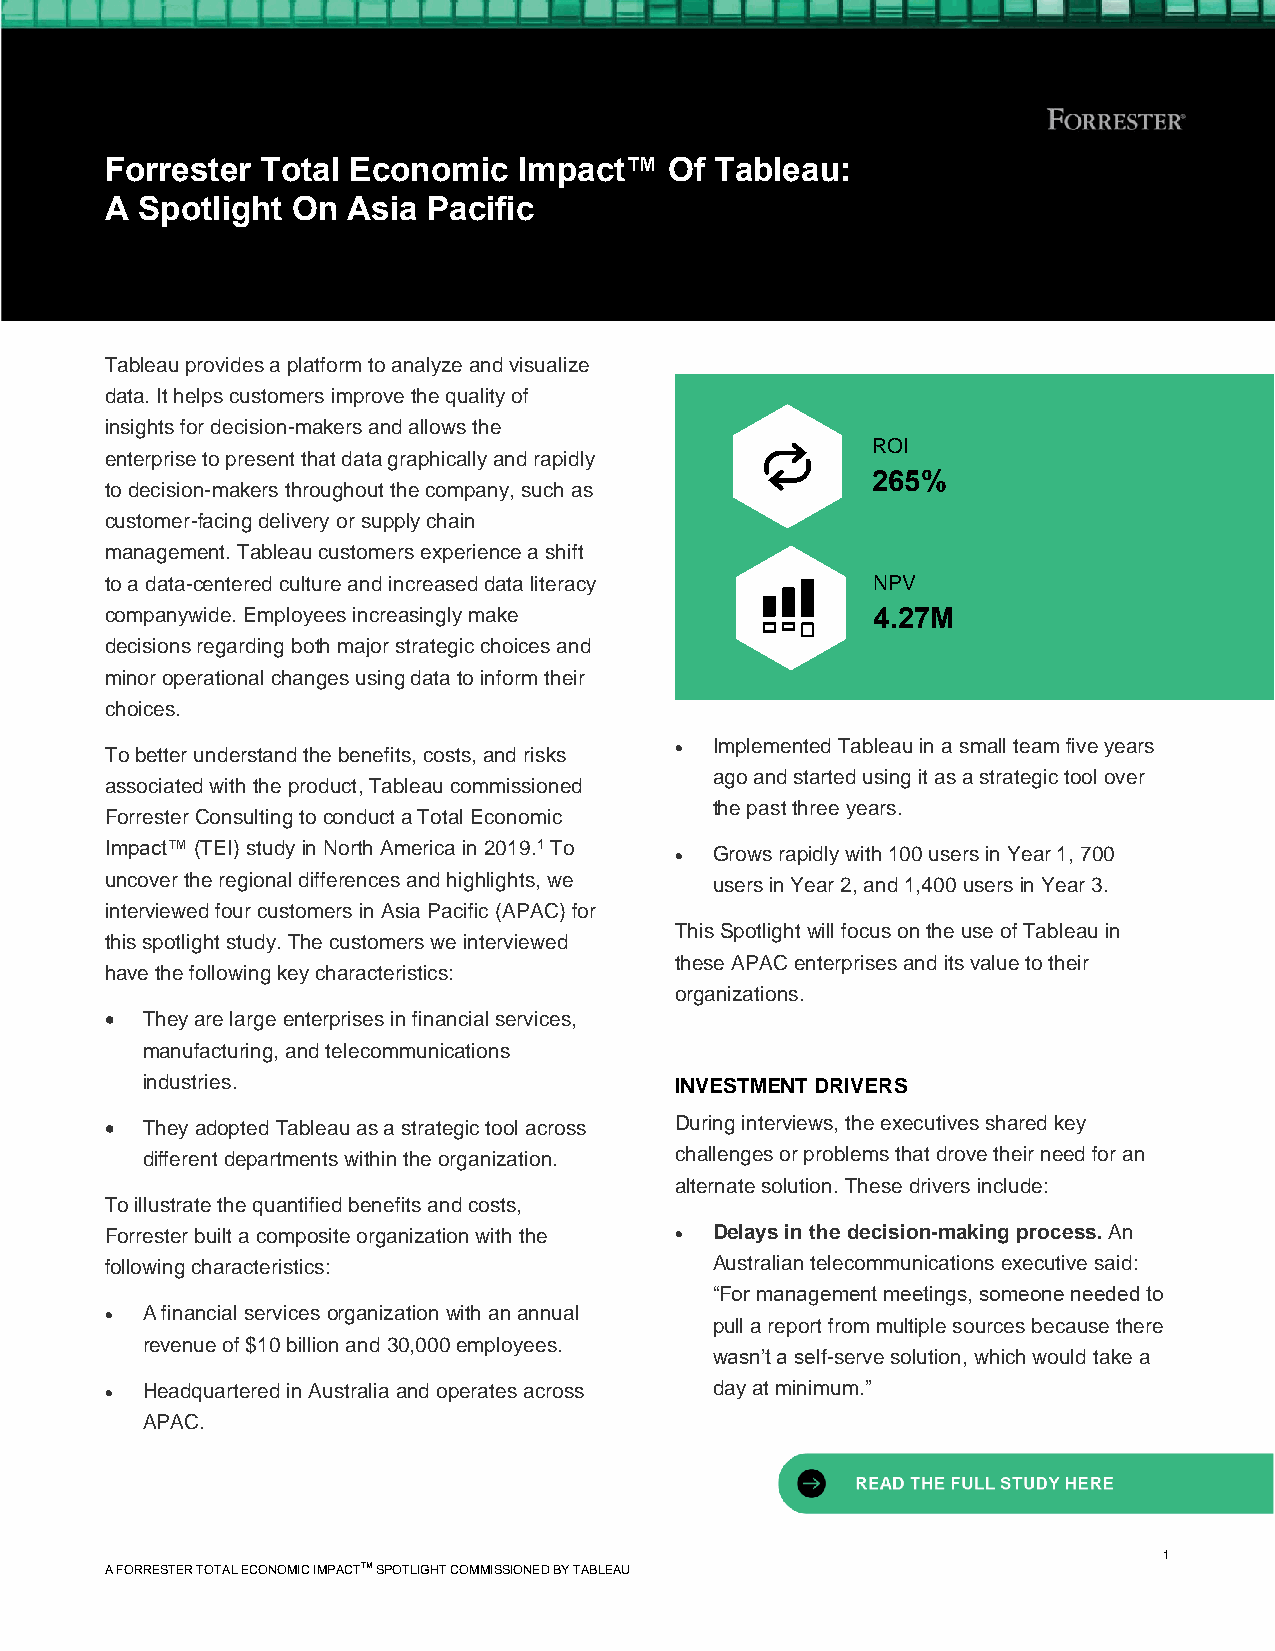
Forrester Total Economic   Impact™   Of Tableau:
 A Spotlight On  Asia Pacific
 Tableau provides a platform to analyze and visualize
 data. It helps customers improve the quality of
 insights for decision-makers and allows the
 ROI
 enterprise to present that data graphically and rapidly
 265%
 to decision-makers throughout the company, such as
 customer-facing delivery or supply chain
 management. Tableau customers experience a shift
 to a data-centered culture and increased data literacy NPV
 companywide. Employees increasingly make           4.27M
 decisions regarding both major strategic choices and
 minor operational changes using data to inform their
 choices.
 To better understand the benefits, costs, and risks • Implemented Tableau in a small team five years
 ago and started using it as a strategic tool over
 associated with the product, Tableau commissioned
 the past three years.
 Forrester Consulting to conduct a Total Economic
 Impact™ (TEI) study in North America in 2019.1 To • Grows rapidly with 100 users in Year 1, 700
 uncover the regional differences and highlights, we users in Year 2, and 1,400 users in Year 3.
 interviewed four customers in Asia Pacific (APAC) for
 This Spotlight will focus on the use of Tableau in
 this spotlight study. The customers we interviewed
 these APAC enterprises and its value to their
 have the following key characteristics:
 organizations.
 • They are large enterprises in financial services,
 manufacturing, and telecommunications
 industries.                         INVESTMENT DRIVERS
 • They adopted Tableau as a strategic tool across During interviews, the executives shared key
 different departments within the organization. challenges or problems that drove their need for an
 alternate solution. These drivers include:
 To illustrate the quantified benefits and costs,
 Forrester built a composite organization with the • Delays in the decision-making process. An
 following characteristics:              Australian telecommunications executive said:
 “For management meetings, someone needed to
 • A financial services organization with an annual
 pull a report from multiple sources because there
 revenue of $10 billion and 30,000 employees.
 wasn’t a self-serve solution, which would take a
 • Headquartered in Australia and operates across day at minimum.”
 APAC.
 1
 A FORRESTER TOTAL ECONOMIC IMPACTTM SPOTLIGHT COMMISSIONED BY TABLEAU